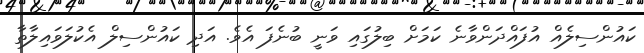
ކައުންސިލެއް އުފައްދަންވާނެ ކަމަށް ބިލުގައި ވަނީ ބުނެފަ އެވެ. އަދި ކައުންސިލް އެކުލަވައިލާތާ